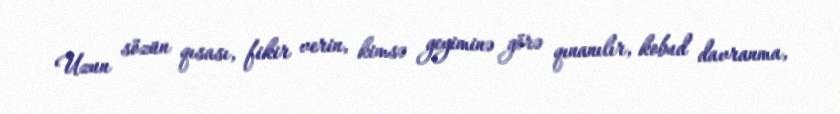
Uzun sözün qısası, fikir verin, kimsə geyiminə görə qınanılır, kobud davranma,